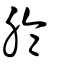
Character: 腀